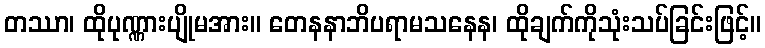
တဿာ၊ ထိုပုဏ္ဏားပျိုမအား။ တေနနာဘိပရာမသနေန၊ ထိုချက်ကိုသုံးသပ်ခြင်းဖြင့်။